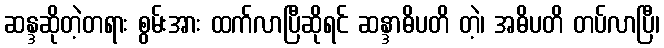
ဆန္ဒဆိုတဲ့တရား စွမ်းအား ထက်လာပြီဆိုရင် ဆန္ဒာဓိပတိ တဲ့၊ အဓိပတိ တပ်လာပြီ၊